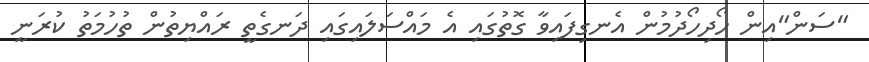
"ސަން"އިން ހޯދިހޯދުމުން އެނގިފައިވާ ގޮތުގައި އެ މައްސަލައިގައި ދަނގެތީ ރައްޔިތުން ތުހުމަތު ކުރަނީ